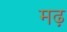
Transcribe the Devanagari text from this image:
मढ़़